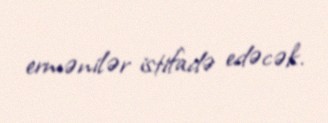
ermənilər istifadə edəcək.